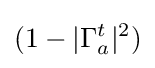
(1-|\Gamma _{a}^{t}|^{2})